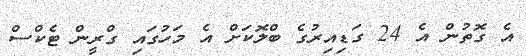
އެ ގޮތުން އެ 24 ގަޑިއިރުގެ ބްލޮކަށް އެ މަހުގައި ގްރީން ޓެކްސް